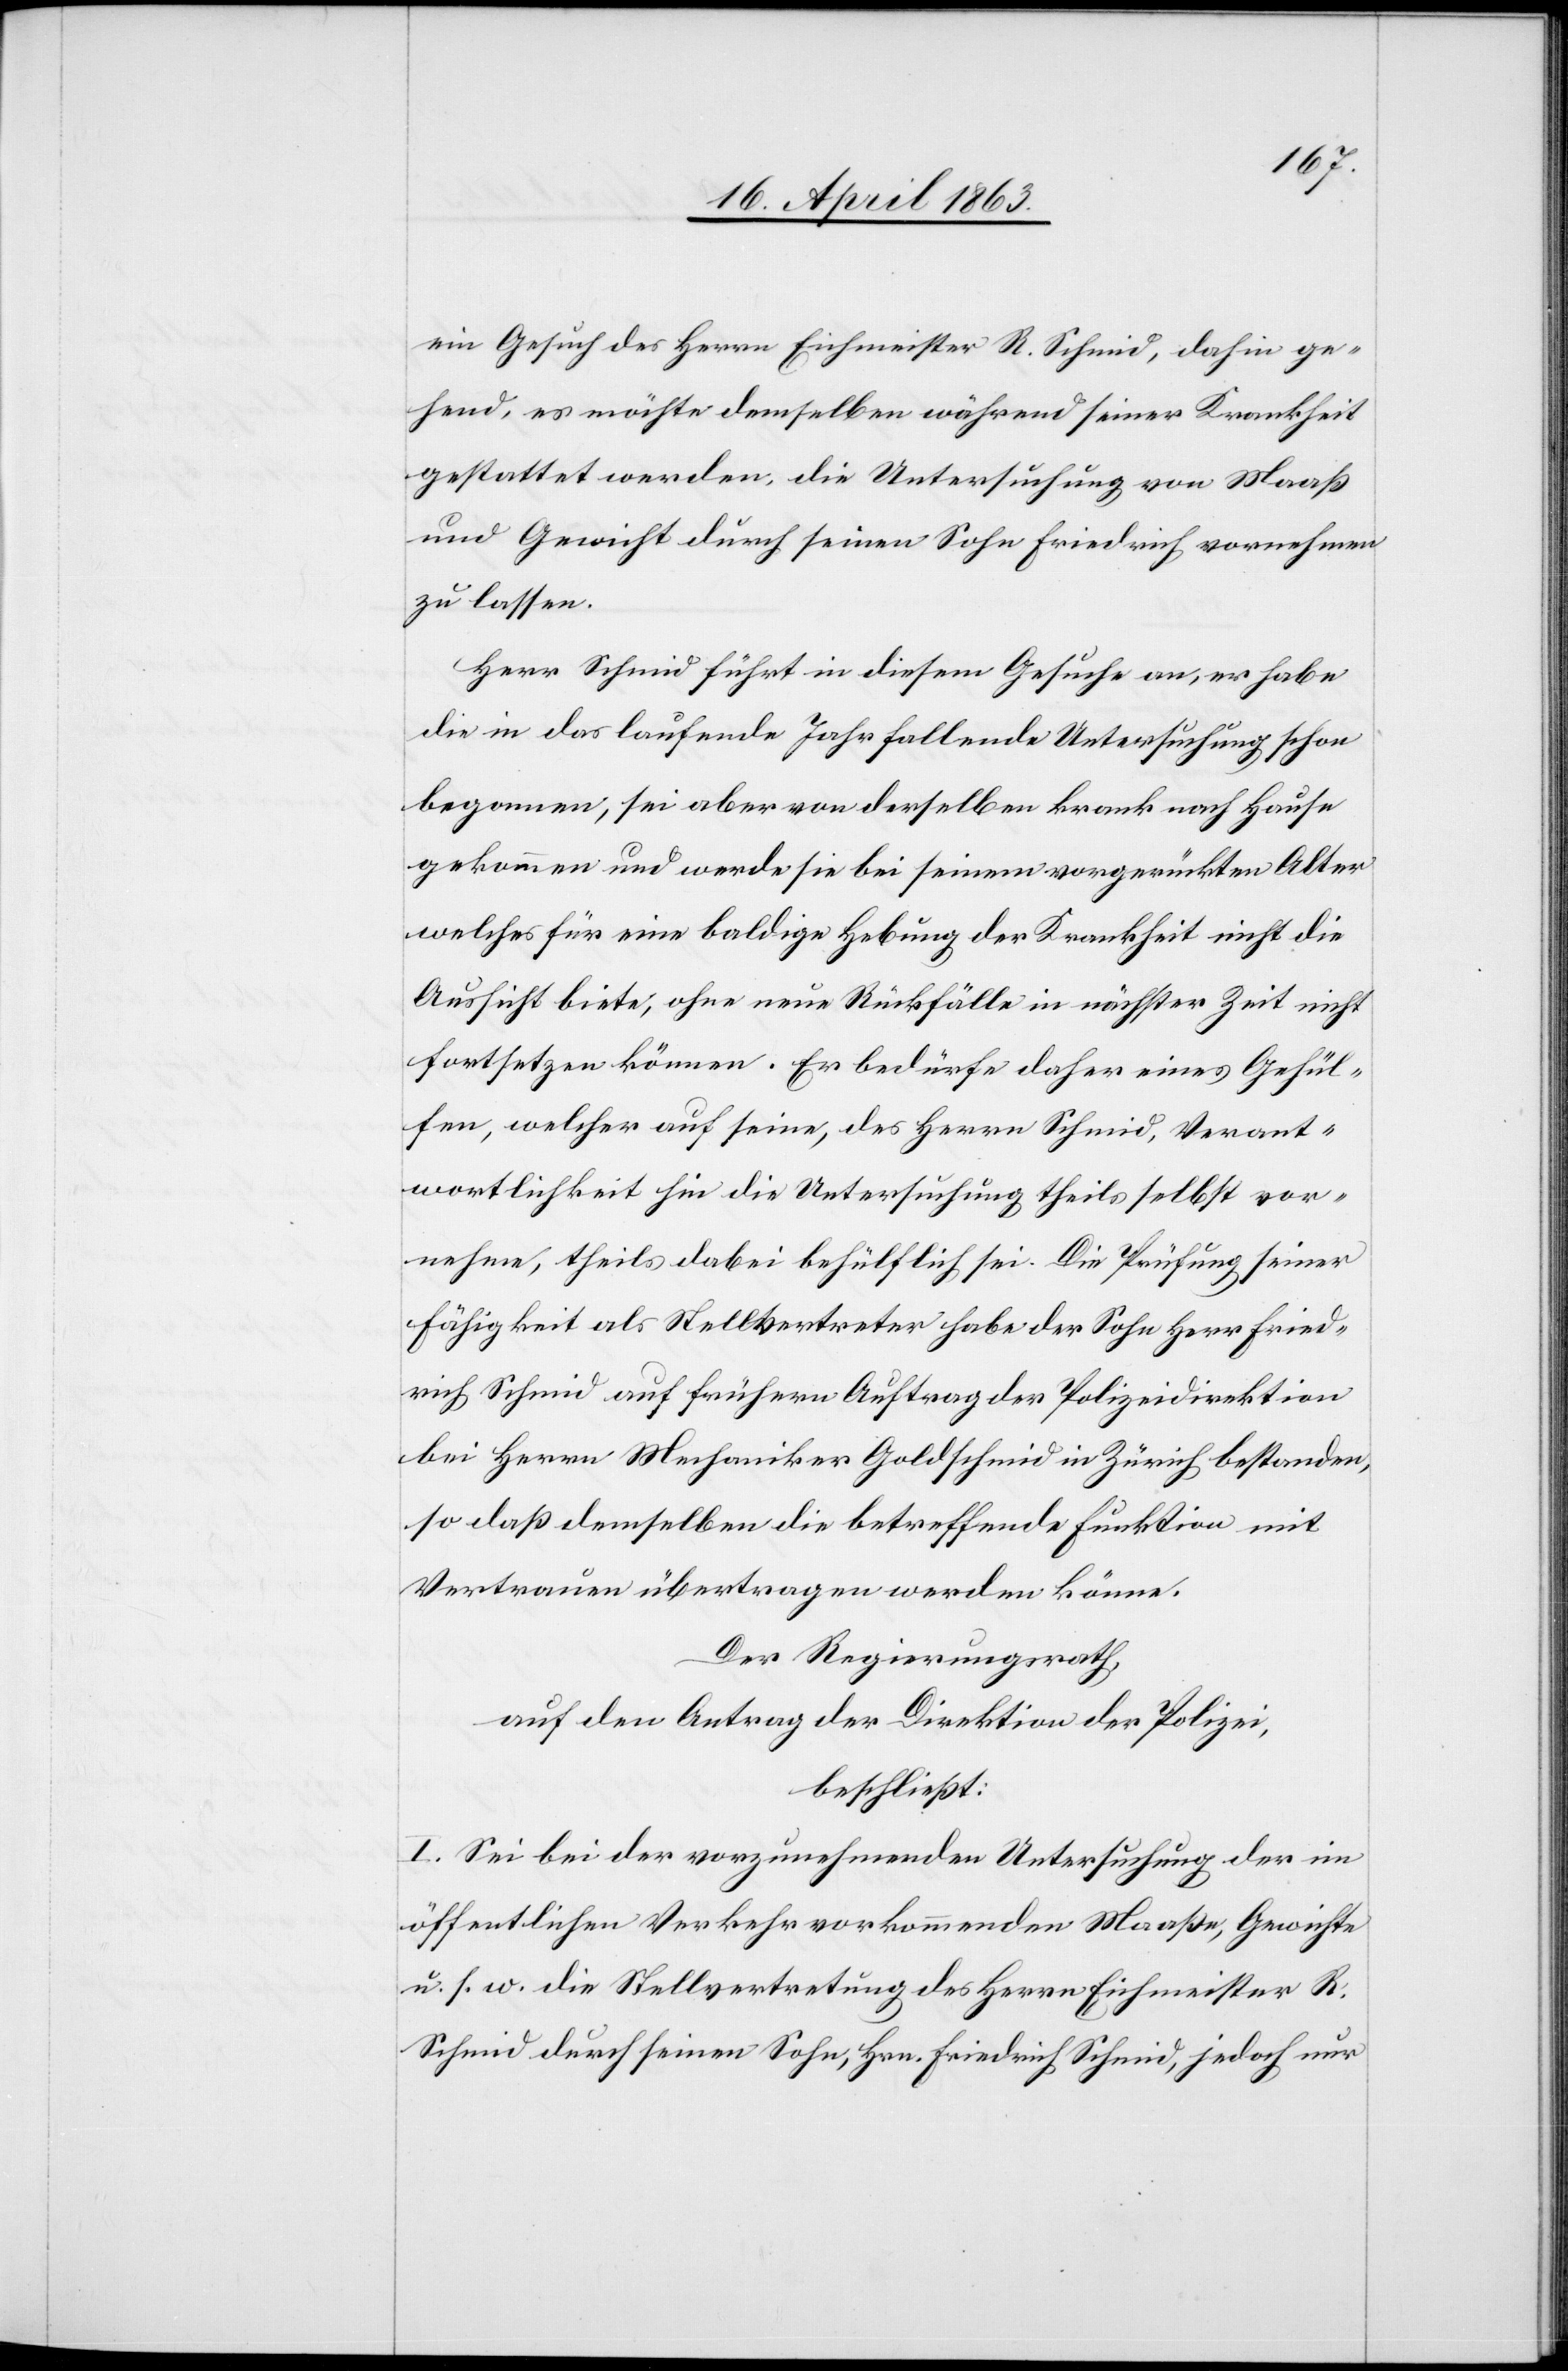
ein Gesuch des Herrn Eichmeister R. Schmid, dahin ge¬
hend, es möchte demselben während seiner Krankheit
gestattet werden, die Untersuchung von Maaß
und Gewicht durch seinen Sohn Friedrich vornehmen
zu lassen.
Herr Schmid führt in diesem Gesuche an, er habe
die in das laufende Jahr fallende Untersuchung schon
begonnen, sei aber von derselben krank nach Hause
gekommen und werde sie bei seinem vorgerückten Alter
welches für eine baldige Hebung der Krankheit nicht die
Aussicht biete, ohne neue Rückfälle in nächster Zeit nicht
fortsetzen können. Er bedürfe daher eines Gehül¬
fen, welcher auf seine, des Herrn Schmid, Verant¬
wortlichkeit hin die Untersuchung theils selbst vor¬
nehme, theils dabei behülflich sei. Die Prüfung seiner
Fähigkeit als Stellvertreter habe der Sohn Herr Fried¬
rich Schmid auf frühern Auftrag der Polizeidirektion
bei Herrn Mechaniker Goldschmid in Zürich bestanden,
so daß demselben die betreffende Funktion mit
Vertrauen übertragen werden könne.
Der Regierungsrath,
auf den Antrag der Direktion der Polizei,
beschließt:
I. Sei bei der vorzunehmenden Untersuchung der im
öffentlichen Verkehr vorkommenden Maaße, Gewichte
u. s. w. die Stellvertretung des Herrn Eichmeister R.
Schmid durch seinen Sohn, Hrn. Friedrich Schmid, jedoch nur